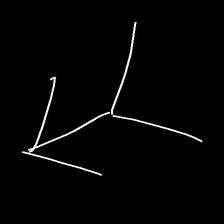
Glyph: gather